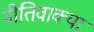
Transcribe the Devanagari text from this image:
नीतिवाक्या